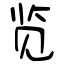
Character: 览